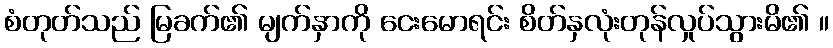
စံတုတ်သည် မြခက်၏ မျက်နှာကို ငေးမောရင်း စိတ်နှလုံးတုန်လှုပ်သွားမိ၏ ။